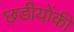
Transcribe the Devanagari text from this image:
छडीयोंकी